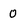
Character: 0